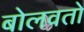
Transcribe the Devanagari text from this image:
बोलवतो